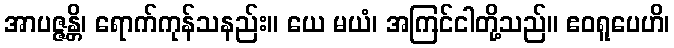
အာပဇ္ဇန္တိ၊ ရောက်ကုန်သနည်း။ ယေ မယံ၊ အကြင်ငါတို့သည်။ ဧဝရူပေဟိ၊